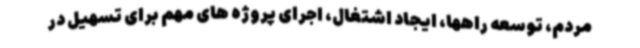
مردم، توسعه راهها، ایجاد اشتغال، اجرای پروژه های مهم برای تسهیل در